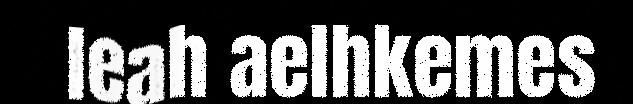
leah aelhkemes